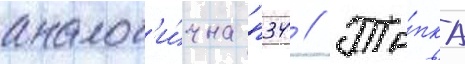
аналог'и́чна п34 // То́пка